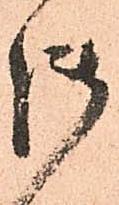
御